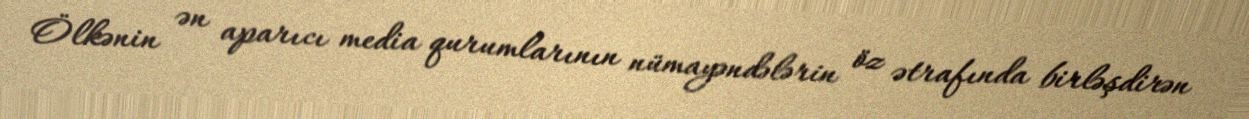
Ölkənin ən aparıcı media qurumlarının nümayəndələrin öz ətrafında birləşdirən